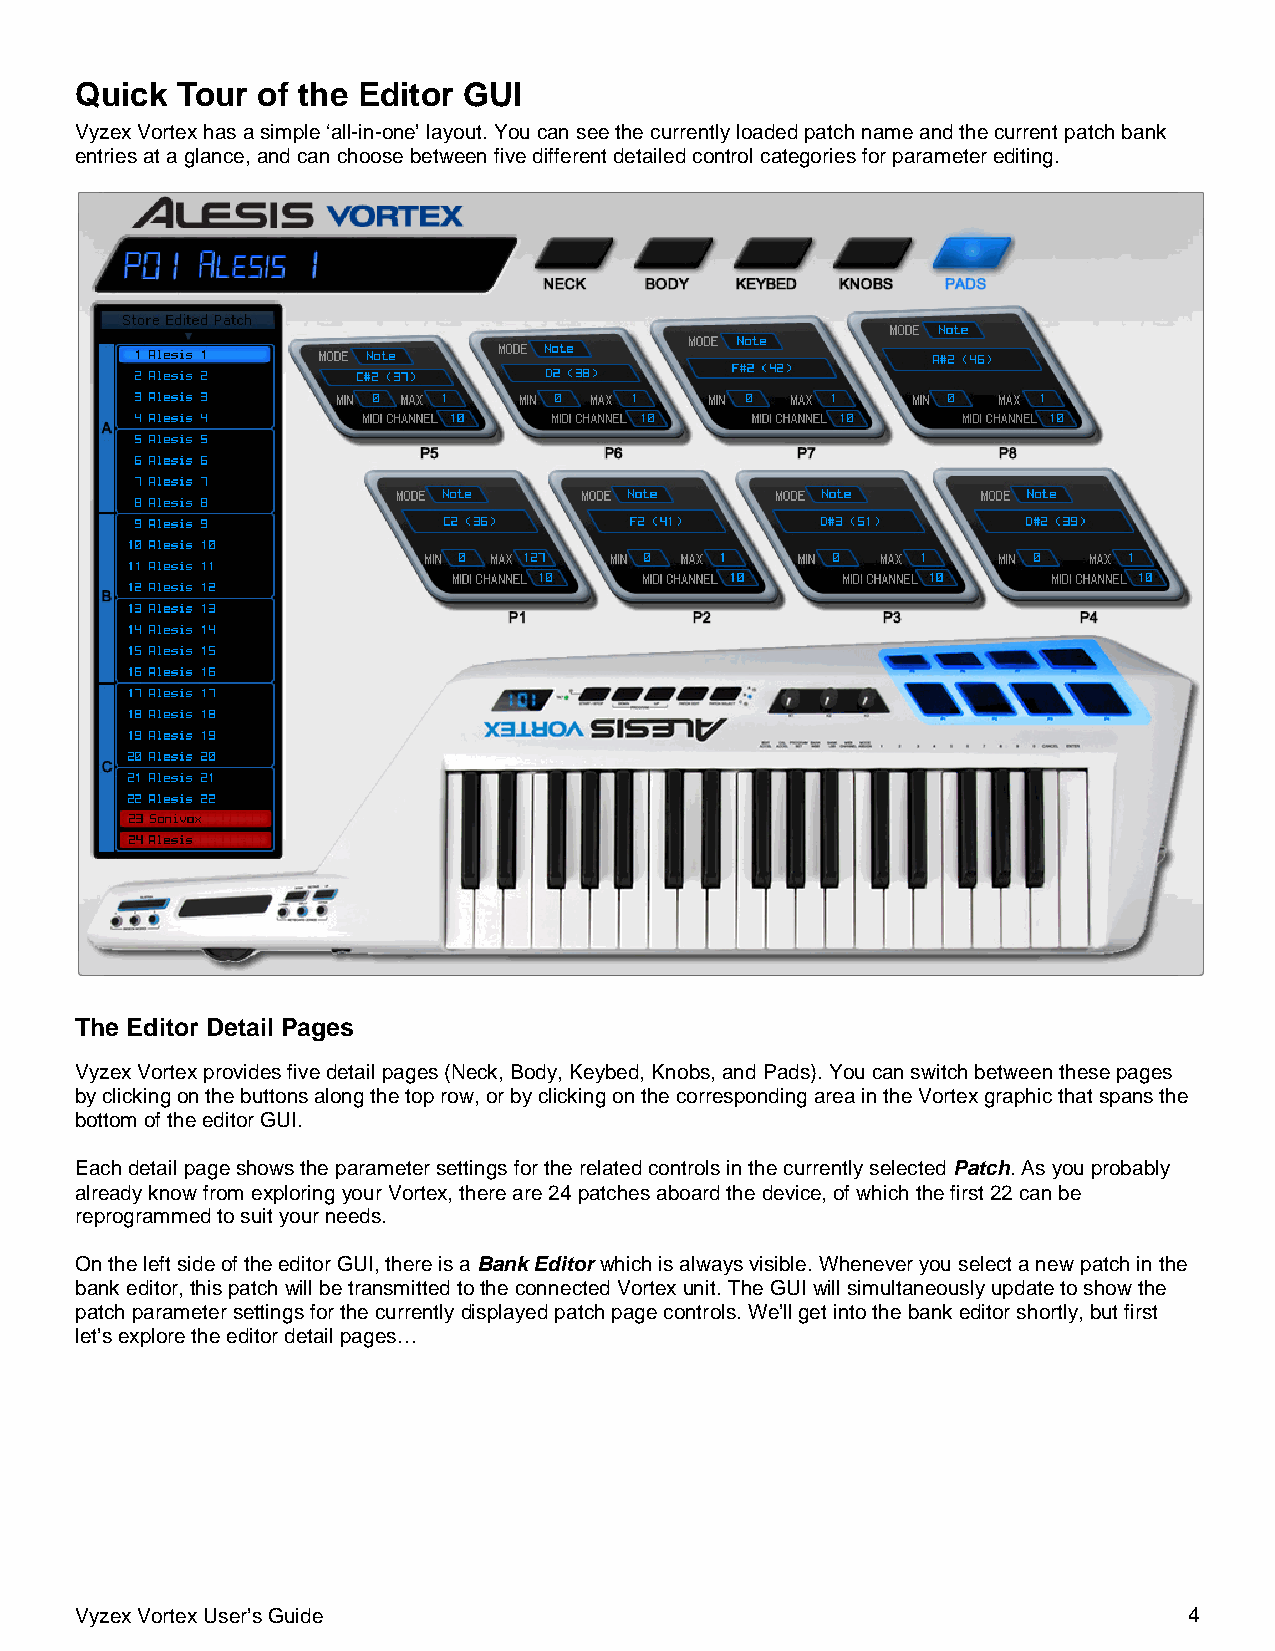
Quick  Tour of the Editor GUI
 Vyzex Vortex has a simple ‘all-in-one’ layout. You can see the currently loaded patch name and the current patch bank
 entries at a glance, and can choose between five different detailed control categories for parameter editing.
 The Editor Detail Pages
 Vyzex Vortex provides five detail pages (Neck, Body, Keybed, Knobs, and Pads). You can switch between these pages
 by clicking on the buttons along the top row, or by clicking on the corresponding area in the Vortex graphic that spans the
 bottom of the editor GUI.
 Each detail page shows the parameter settings for the related controls in the currently selected Patch. As you probably
 already know from exploring your Vortex, there are 24 patches aboard the device, of which the first 22 can be
 reprogrammed to suit your needs.
 On the left side of the editor GUI, there is a Bank Editor which is always visible. Whenever you select a new patch in the
 bank editor, this patch will be transmitted to the connected Vortex unit. The GUI will simultaneously update to show the
 patch parameter settings for the currently displayed patch page controls. We’ll get into the bank editor shortly, but first
 let’s explore the editor detail pages…
 Vyzex Vortex User’s Guide                                                 4